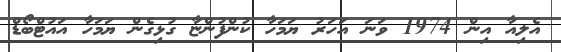
އެލިއާ އިން 1974 ވަނަ އަހަރު ޔަމަހާ ކުންފުންޏާ ގުޅިގެން ޔަމަހާ އައުޓްބޯޑް